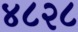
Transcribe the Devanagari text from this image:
४८२८